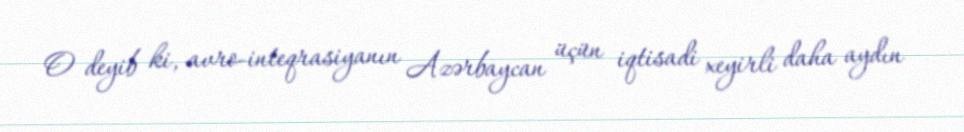
O deyib ki, avro-inteqrasiyanın Azərbaycan üçün iqtisadi xeyirli daha aydın